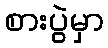
စားပွဲမှာ